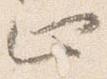
止